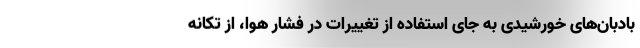
بادبان‌های خورشیدی به جای استفاده از تغییرات در فشار هوا، از تکانه